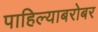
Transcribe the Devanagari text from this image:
पाहिल्याबरोबर